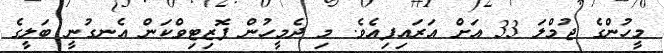
މީހުންގެ ޖުމްލަ 33 އަށް އަރައިފިއެވެ. މި ދެމީހުން ޕޮޒިޓިވްކަން އެނގުނީ ބަލީގެ